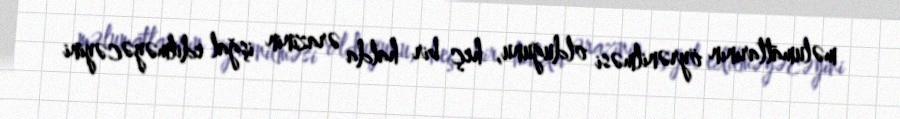
məlumatlarının öyrənilməsi olduğunu, heç bir halda ərazinin işğal edilməyəcəyini